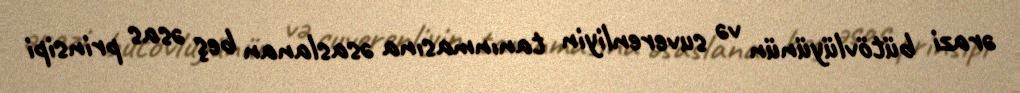
ərazi bütövlüyünün və suverenliyin tanınmasına əsaslanan beş əsas prinsipi